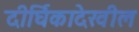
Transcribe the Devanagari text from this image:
दीर्घिकादेखील